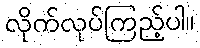
လိုက်လုပ်ကြည့်ပါ။